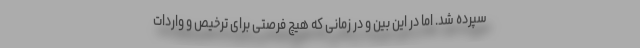
سپرده شد. اما در این بین و در زمانی که هیچ فرصتی برای ترخیص و واردات